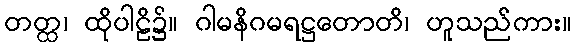
တတ္ထ၊ ထိုပါဠိ၌။ ဂါမနိဂမရဋ္ဌတောတိ၊ ဟူသည်ကား။